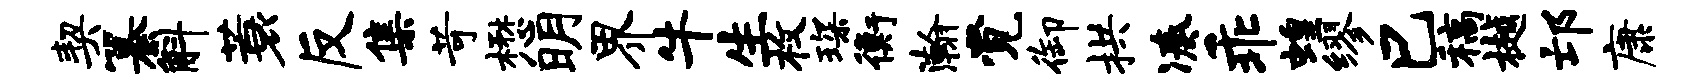
契纂斛蓑反集苛懋明界牛生枚琛衡瀚觉御拱凑乖蝗缪巳稿樾邙康